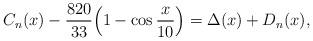
LaTeX: \begin{align*}C_n(x)-\frac{820}{33}\Bigl(1-\cos\frac{x}{10}\Bigr)=\Delta(x)+D_n(x),\end{align*}